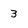
Character: 3